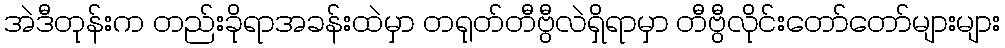
အဲဒီတုန်းက တည်းခိုရာအခန်းထဲမှာ တရုတ်တီဗွီလဲရှိရာမှာ တီဗွီလိုင်းတော်တော်များများ